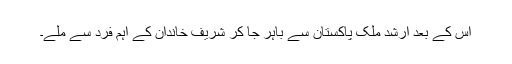
اس کے بعد ارشد ملک پاکستان سے باہر جا کر شریف خاندان کے اہم فرد سے ملے۔